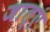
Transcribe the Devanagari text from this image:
जात्ए